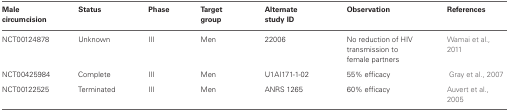
<table><thead><tr><td><b>Male circumcision</b></td><td><b>Status</b></td><td><b>Phase</b></td><td><b>Target group</b></td><td><b>Alternate study ID</b></td><td><b>Observation</b></td><td><b>References</b></td></tr></thead><tbody><tr><td>NCT00124878</td><td>Unknown</td><td>III</td><td>Men</td><td>22006</td><td>No reduction of HIV transmission to female partners</td><td>Wamai et al., 2011</td></tr><tr><td>NCT00425984</td><td>Complete</td><td>III</td><td>Men</td><td>U1AI171-1-02</td><td>55% efficacy</td><td>Gray et al., 2007</td></tr><tr><td>NCT00122525</td><td>Terminated</td><td>III</td><td>Men</td><td>ANRS 1265</td><td>60% efficacy</td><td>Auvert et al., 2005</td></tr></tbody></table>